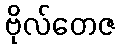
ဗိုလ်တေဇ